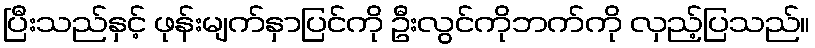
ပြီးသည်နှင့် ဖုန်းမျက်နှာပြင်ကို ဦးလွင်ကိုဘက်ကို လှည့်ပြသည်။